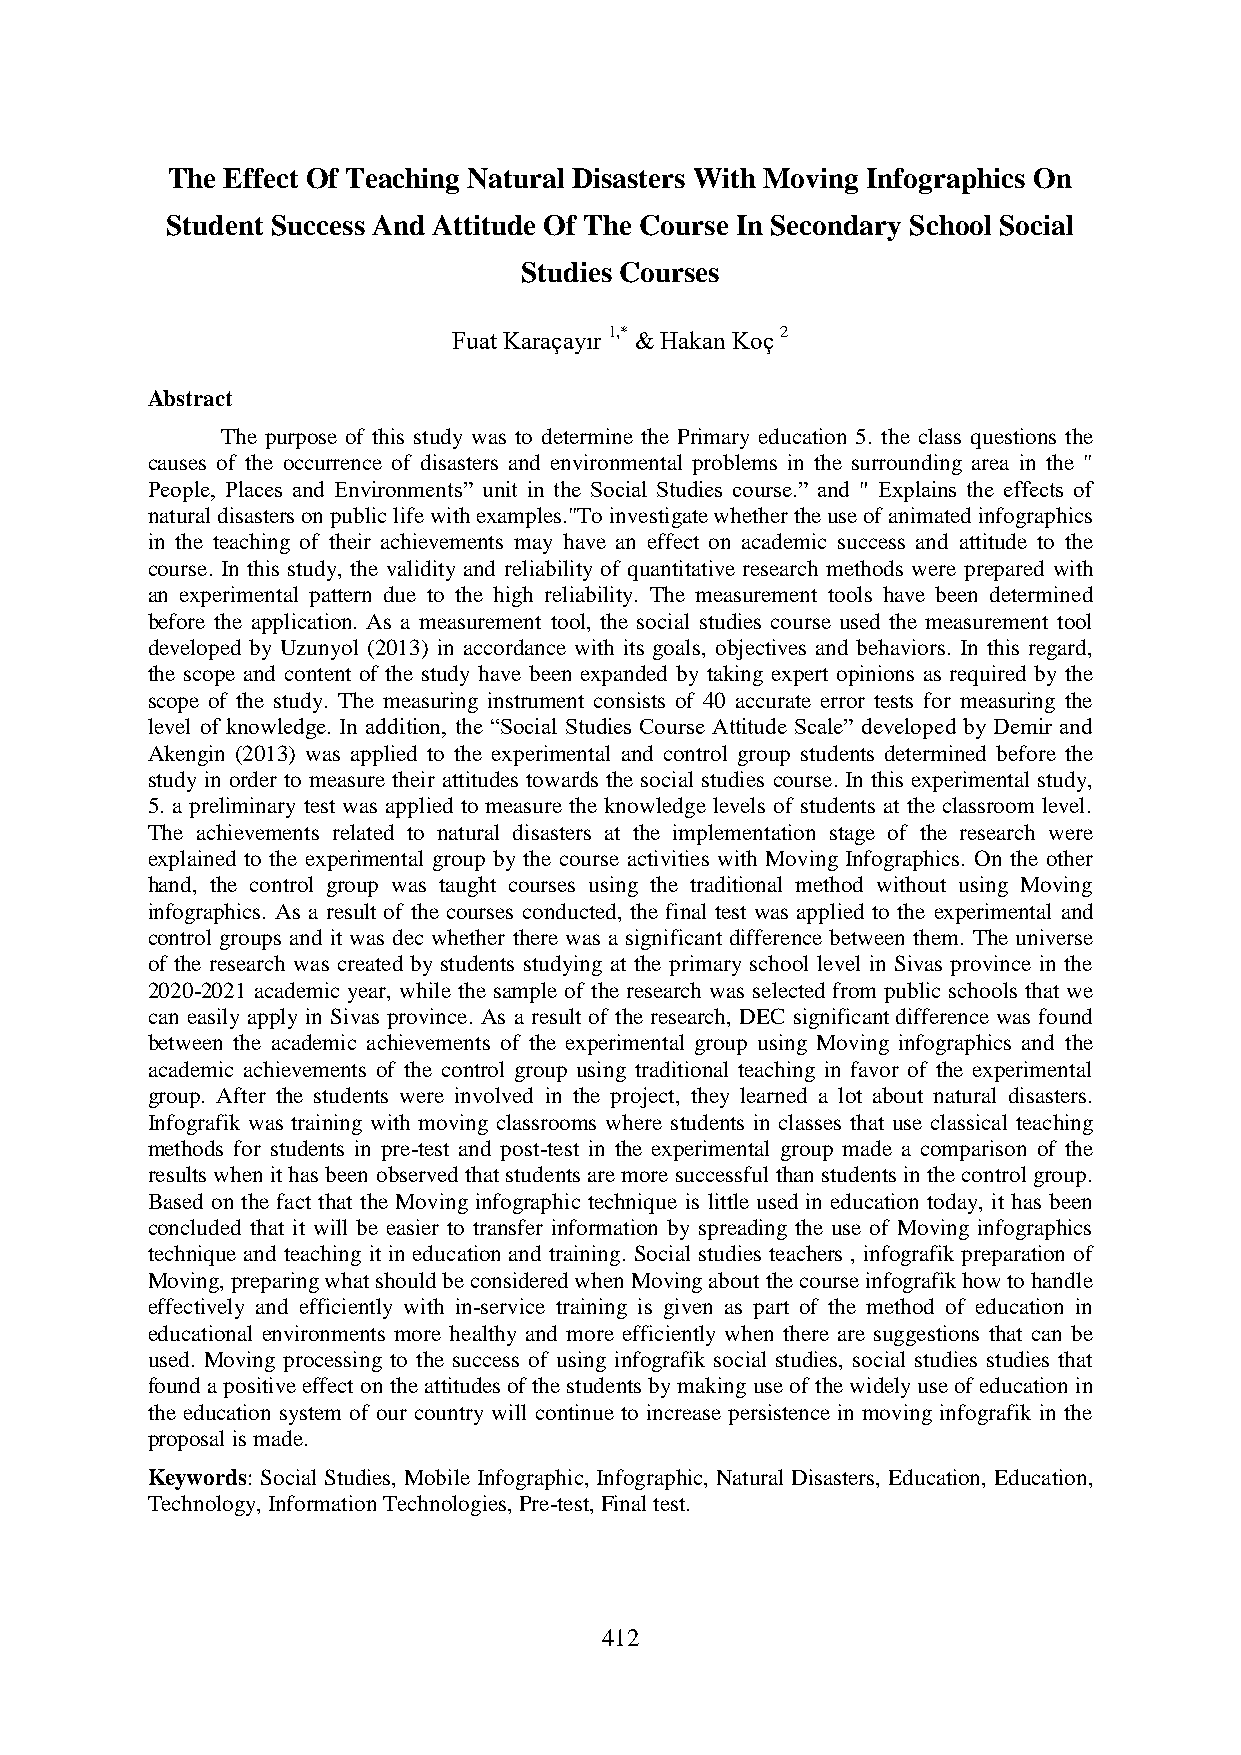
The Effect Of Teaching Natural Disasters With Moving Infographics On
 Student Success And Attitude Of The Course In Secondary School Social
 Studies Courses
 Fuat Karaçayır 1,* & Hakan Koç 2
 Abstract
 The purpose of this study was to determine the Primary education 5. the class questions the
 causes of the occurrence of disasters and environmental problems in the surrounding area in the "
 People, Places and Environments” unit in the Social Studies course.” and " Explains the effects of
 natural disasters on public life with examples."To investigate whether the use of animated infographics
 in the teaching of their achievements may have an effect on academic success and attitude to the
 course. In this study, the validity and reliability of quantitative research methods were prepared with
 an experimental pattern due to the high reliability. The measurement tools have been determined
 before the application. As a measurement tool, the social studies course used the measurement tool
 developed by Uzunyol (2013) in accordance with its goals, objectives and behaviors. In this regard,
 the scope and content of the study have been expanded by taking expert opinions as required by the
 scope of the study. The measuring instrument consists of 40 accurate error tests for measuring the
 level of knowledge. In addition, the “Social Studies Course Attitude Scale” developed by Demir and
 Akengin (2013) was applied to the experimental and control group students determined before the
 study in order to measure their attitudes towards the social studies course. In this experimental study,
 5. a preliminary test was applied to measure the knowledge levels of students at the classroom level.
 The achievements related to natural disasters at the implementation stage of the research were
 explained to the experimental group by the course activities with Moving Infographics. On the other
 hand, the control group was taught courses using the traditional method without using Moving
 infographics. As a result of the courses conducted, the final test was applied to the experimental and
 control groups and it was dec whether there was a significant difference between them. The universe
 of the research was created by students studying at the primary school level in Sivas province in the
 2020-2021 academic year, while the sample of the research was selected from public schools that we
 can easily apply in Sivas province. As a result of the research, DEC significant difference was found
 between the academic achievements of the experimental group using Moving infographics and the
 academic achievements of the control group using traditional teaching in favor of the experimental
 group. After the students were involved in the project, they learned a lot about natural disasters.
 Infografik was training with moving classrooms where students in classes that use classical teaching
 methods for students in pre-test and post-test in the experimental group made a comparison of the
 results when it has been observed that students are more successful than students in the control group.
 Based on the fact that the Moving infographic technique is little used in education today, it has been
 concluded that it will be easier to transfer information by spreading the use of Moving infographics
 technique and teaching it in education and training. Social studies teachers , infografik preparation of
 Moving, preparing what should be considered when Moving about the course infografik how to handle
 effectively and efficiently with in-service training is given as part of the method of education in
 educational environments more healthy and more efficiently when there are suggestions that can be
 used. Moving processing to the success of using infografik social studies, social studies studies that
 found a positive effect on the attitudes of the students by making use of the widely use of education in
 the education system of our country will continue to increase persistence in moving infografik in the
 proposal is made.
 Keywords: Social Studies, Mobile Infographic, Infographic, Natural Disasters, Education, Education,
 Technology, Information Technologies, Pre-test, Final test.
 412